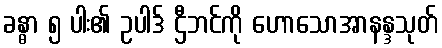
ခန္ဓာ ၅ ပါး၏ ဥပါဒ် ဌီဘင်ကို ဟောသောအာနန္ဒသုတ်